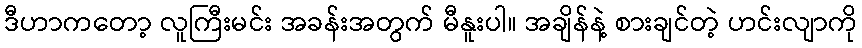
ဒီဟာကတော့ လူကြီးမင်း အခန်းအတွက် မီနူးပါ။ အချိန်နဲ့ စားချင်တဲ့ ဟင်းလျာကို